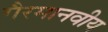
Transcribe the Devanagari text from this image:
गैरमानवीय